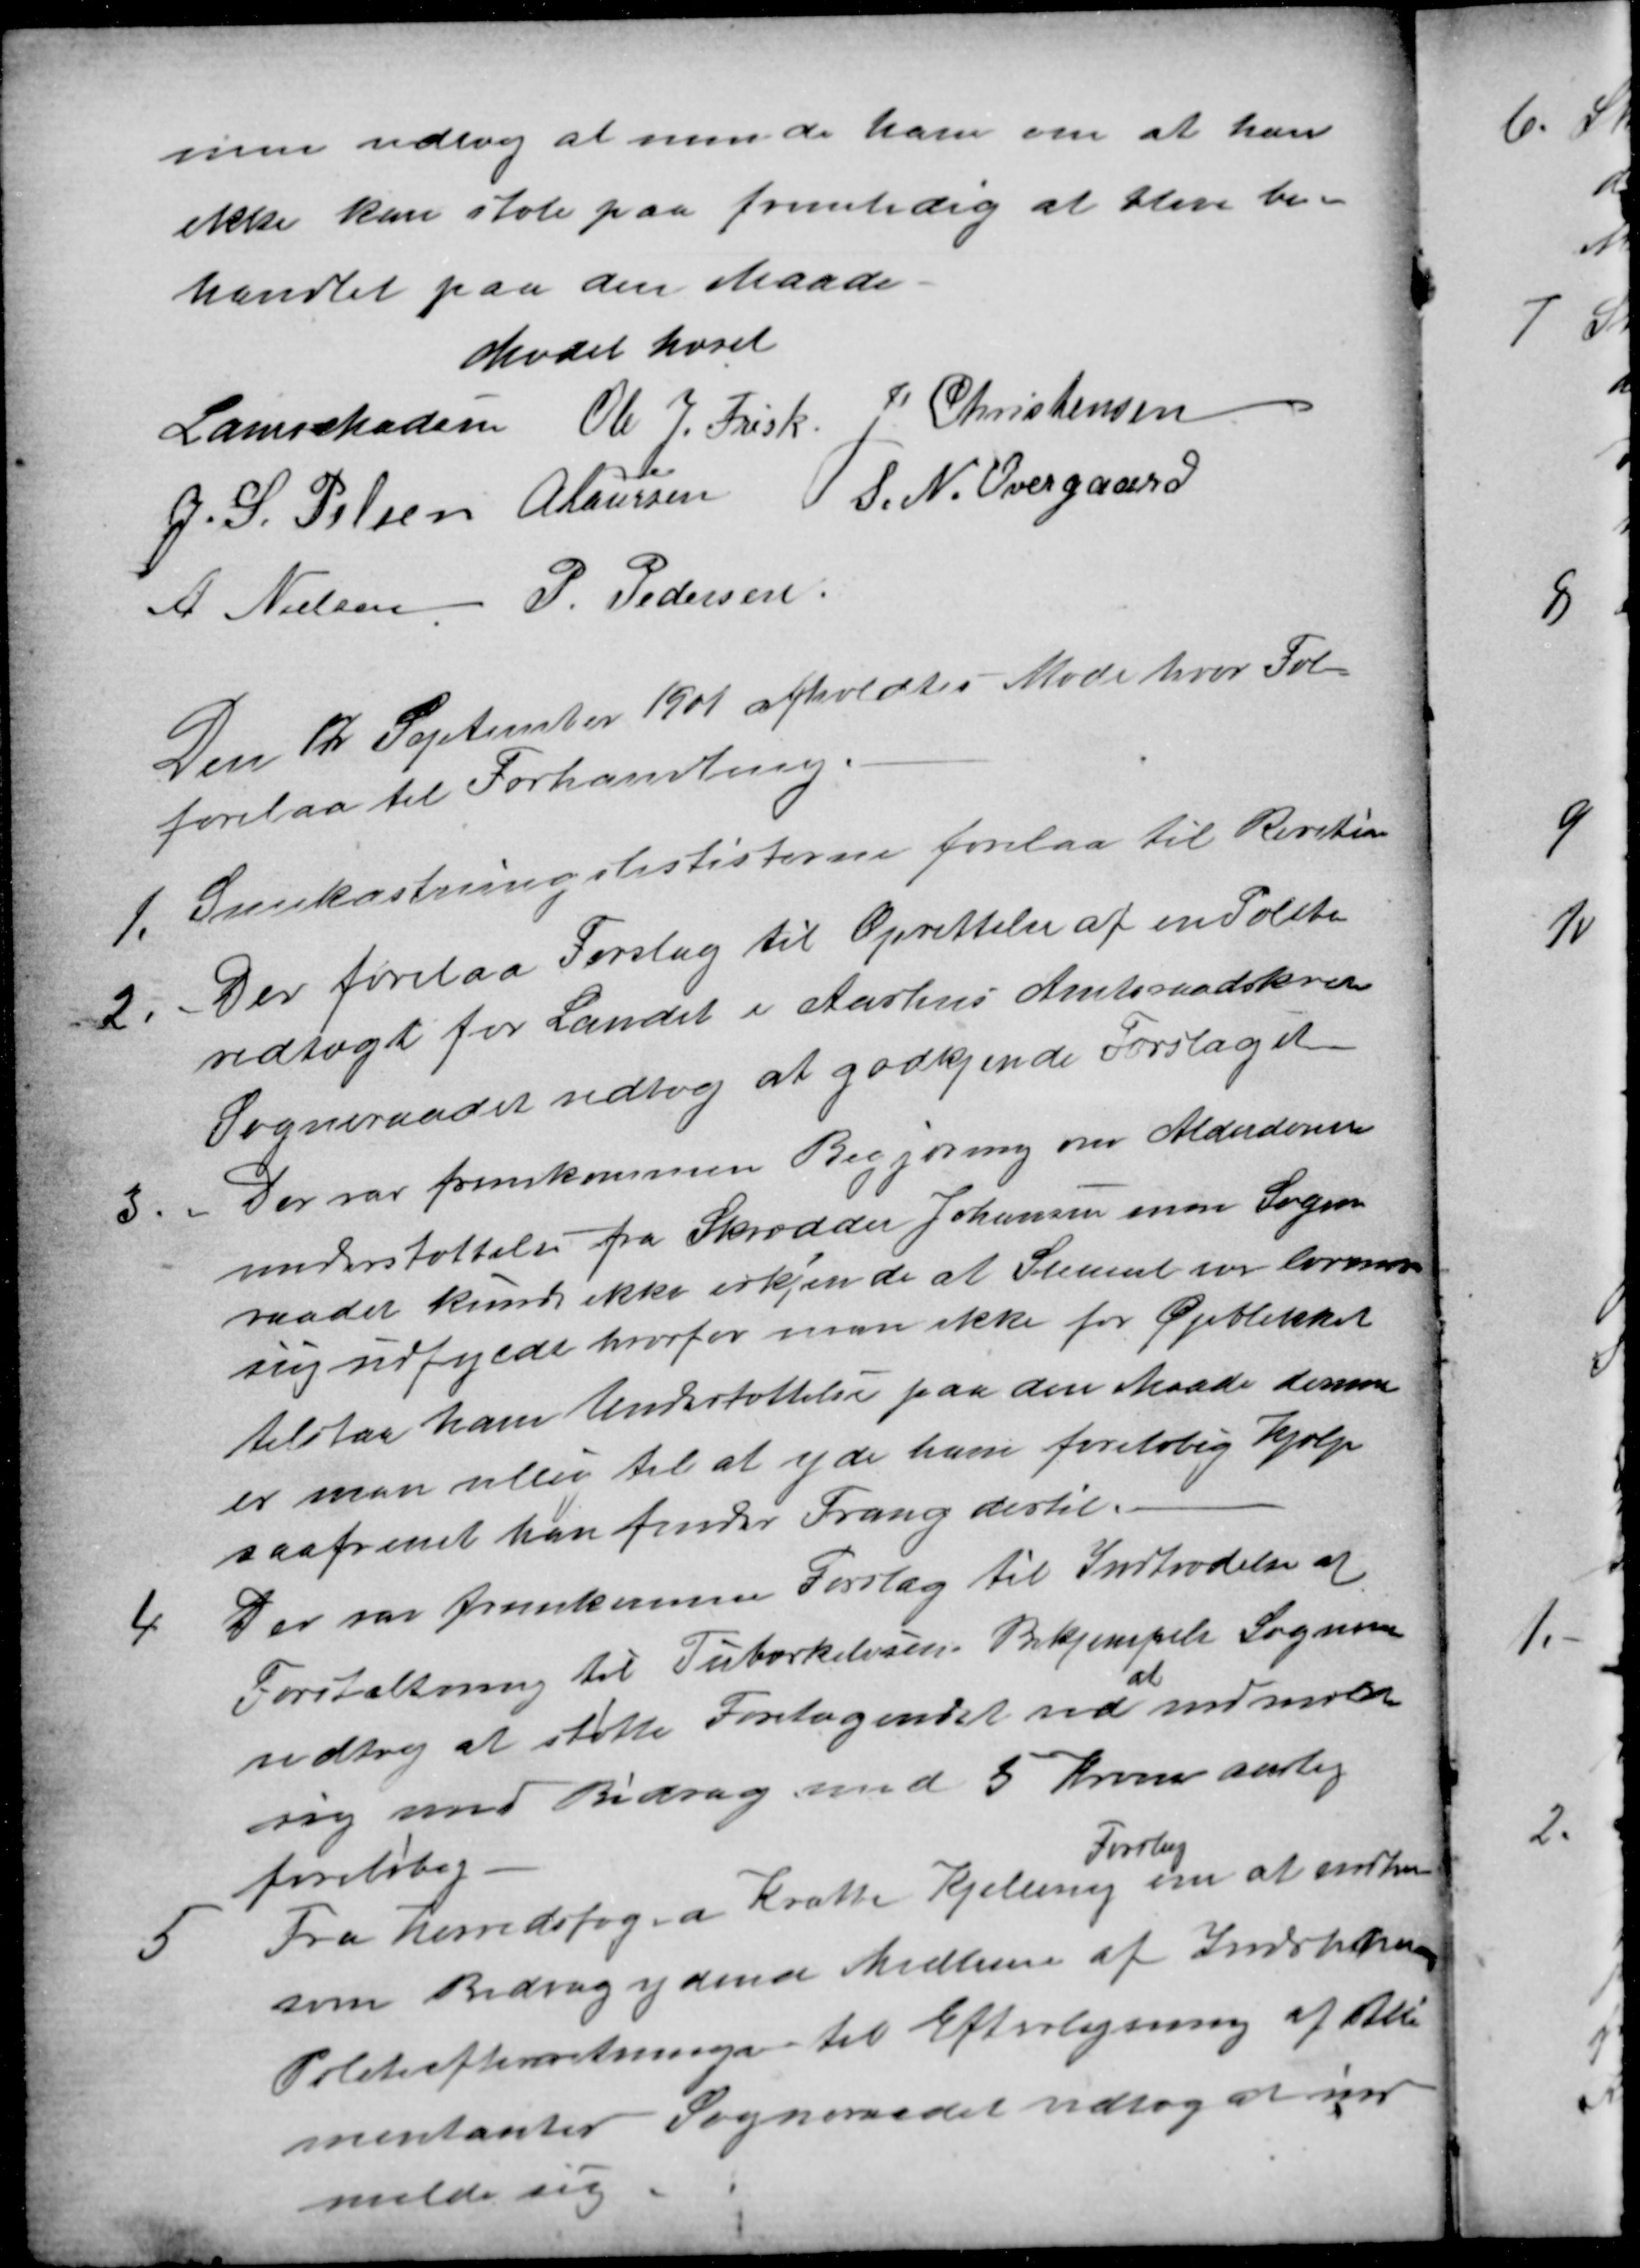
Transskription:
men udlog at minde ham om at han
ikke kan stole paa fremtidig at blive be-
handlet paa den Maade
Mødet hævet
Laurs Madsen Ole J. Frisk J Christensen
J. S. Pelsen A Laursen S. N. Overgaard
A. Nielsen P. Pedersen
Den 12 September 1901 afholdtes Møde hvor Føl
forelaa til Forhandling.
1.
Snekastningslististerne forelaa til Revition
2
Der forelaa Forslag til Oprettelse af en Politi
vedtægt for Landet i Aarhus Amtsraadskreds
Sogneraadet vedtog at godkjende Forslaget
3
Der var fremkommen Begjæring om Alderdoms
understøttelse fra Skrædder Johansen men Sogne
raadet kunde ikke erkjende at Skemaet var lovmæs-
sig udfyldt hvorfor man ikke for Øjeblikket
tilstaa ham Understøttelse paa den Maade derimod
er man villig til at yde ham foreløbig Hjælp
saafremt han finder Trang dertil.
4
Der var fremkomme Forslag til Indtrædelse af
Forstaltning til Tuborkelusens Bekjempelse Sogneraa
vedtog at støtte Foretagendet ved 
at
indmelde
sig med Bidrag med 5 Kroner aarlig
foreløbig.
5
Fra herredsfoged Krath Kjellerup 
Forslag
om at indhen
som Bidragydende Medlem af Indsptren
Politiefterretninger til Efterlysning af Alli-
mentanter Sogneraadet vedtog at ind
melde sig